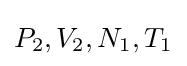
P_{2},V_{2},N_{1},T_{1}